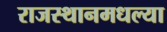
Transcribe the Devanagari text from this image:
राजस्थानमधल्या